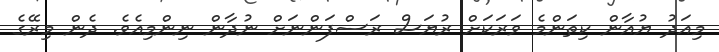
މިއަދު ޔުއާން ކިތަންމެ ވަރަކަށް ރުޔަސް ރަސްފަންނަށް ނުދާން ނިންމިއެވެ. ދެން މިރޭގެ